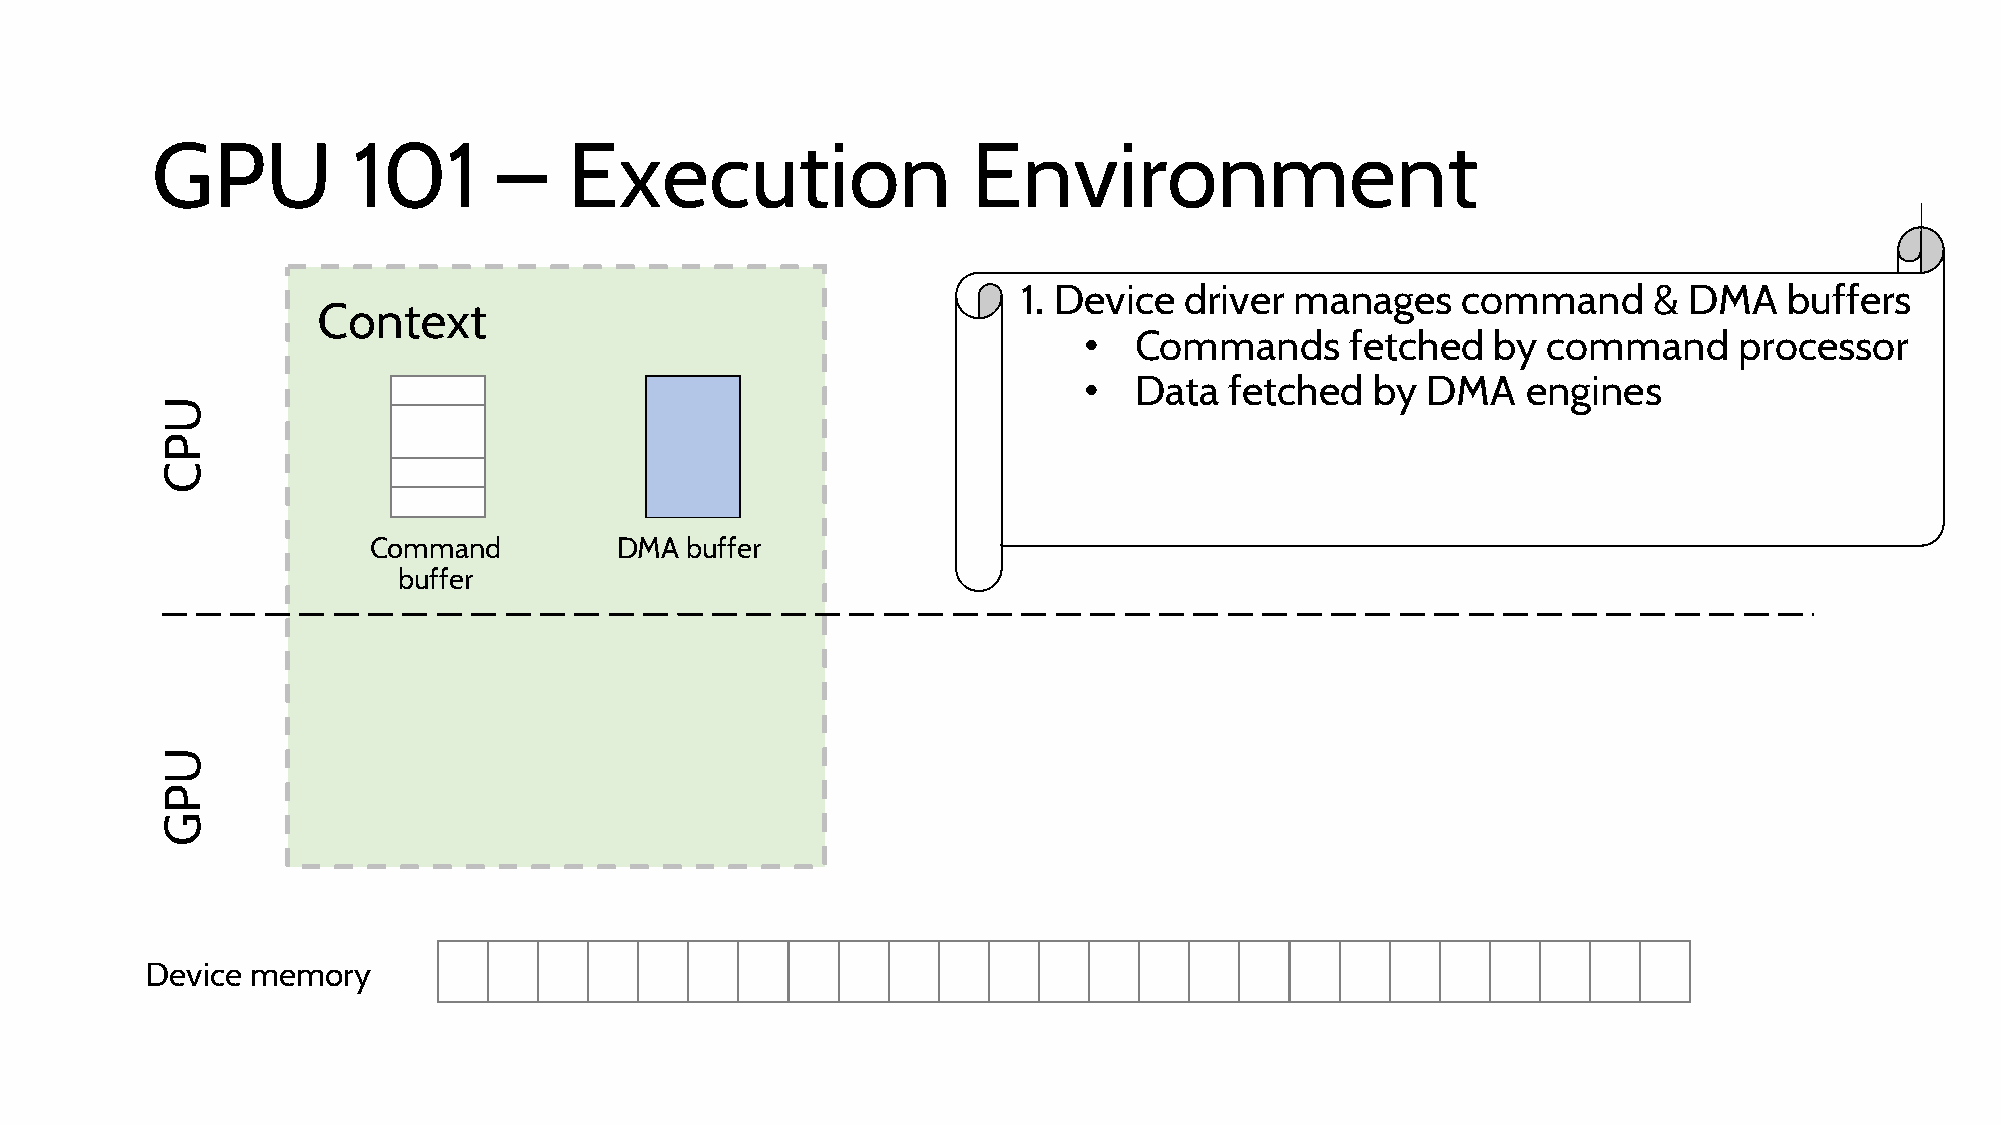
GPU          101       –    Execution                 Environment
 1. Device driver  manages    command     &  DMA   buffers
 Context
 •  Commands      fetched   by command      processor
 •  Data  fetched   by DMA    engines
 Command          DMA buffer
 buffer
 Device memory
 UPC
 UPG